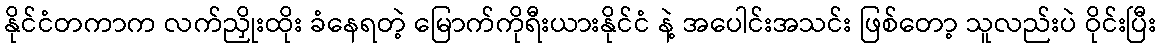
နိုင်ငံတကာက လက်ညှိုးထိုး ခံနေရတဲ့ မြောက်ကိုရီးယားနိုင်ငံ နဲ့ အပေါင်းအသင်း ဖြစ်တော့ သူလည်းပဲ ဝိုင်းပြီး